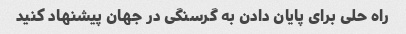
راه حلی برای پایان دادن به گرسنگی در جهان پیشنهاد کنید